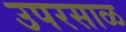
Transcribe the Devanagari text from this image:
उपरसाळ